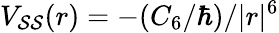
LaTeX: V_{\mathcal{S}\mathcal{S}}(r)=-(C_{6}/\hbar)/|r|^{6}